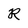
Character: R